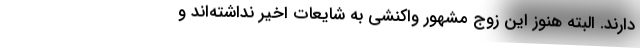
دارند. البته هنوز این زوج مشهور واکنشی به شایعات اخیر نداشته‌اند و